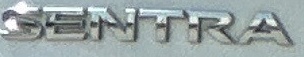
SENTRA